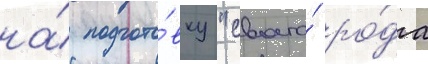
на́ подгото́вку "своего́ ро́да